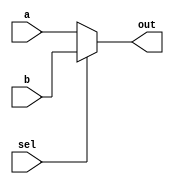
module mux2x1 (
    input wire sel,
    input wire a,
    input wire b,
    output wire out
);

    assign out = (sel == 0 ? a : b);
    
endmodule